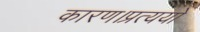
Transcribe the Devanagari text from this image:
कारण।प्रत्ययो